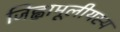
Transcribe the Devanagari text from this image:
जिह्वामूलीयस्य